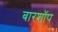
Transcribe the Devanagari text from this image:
बारशॉप